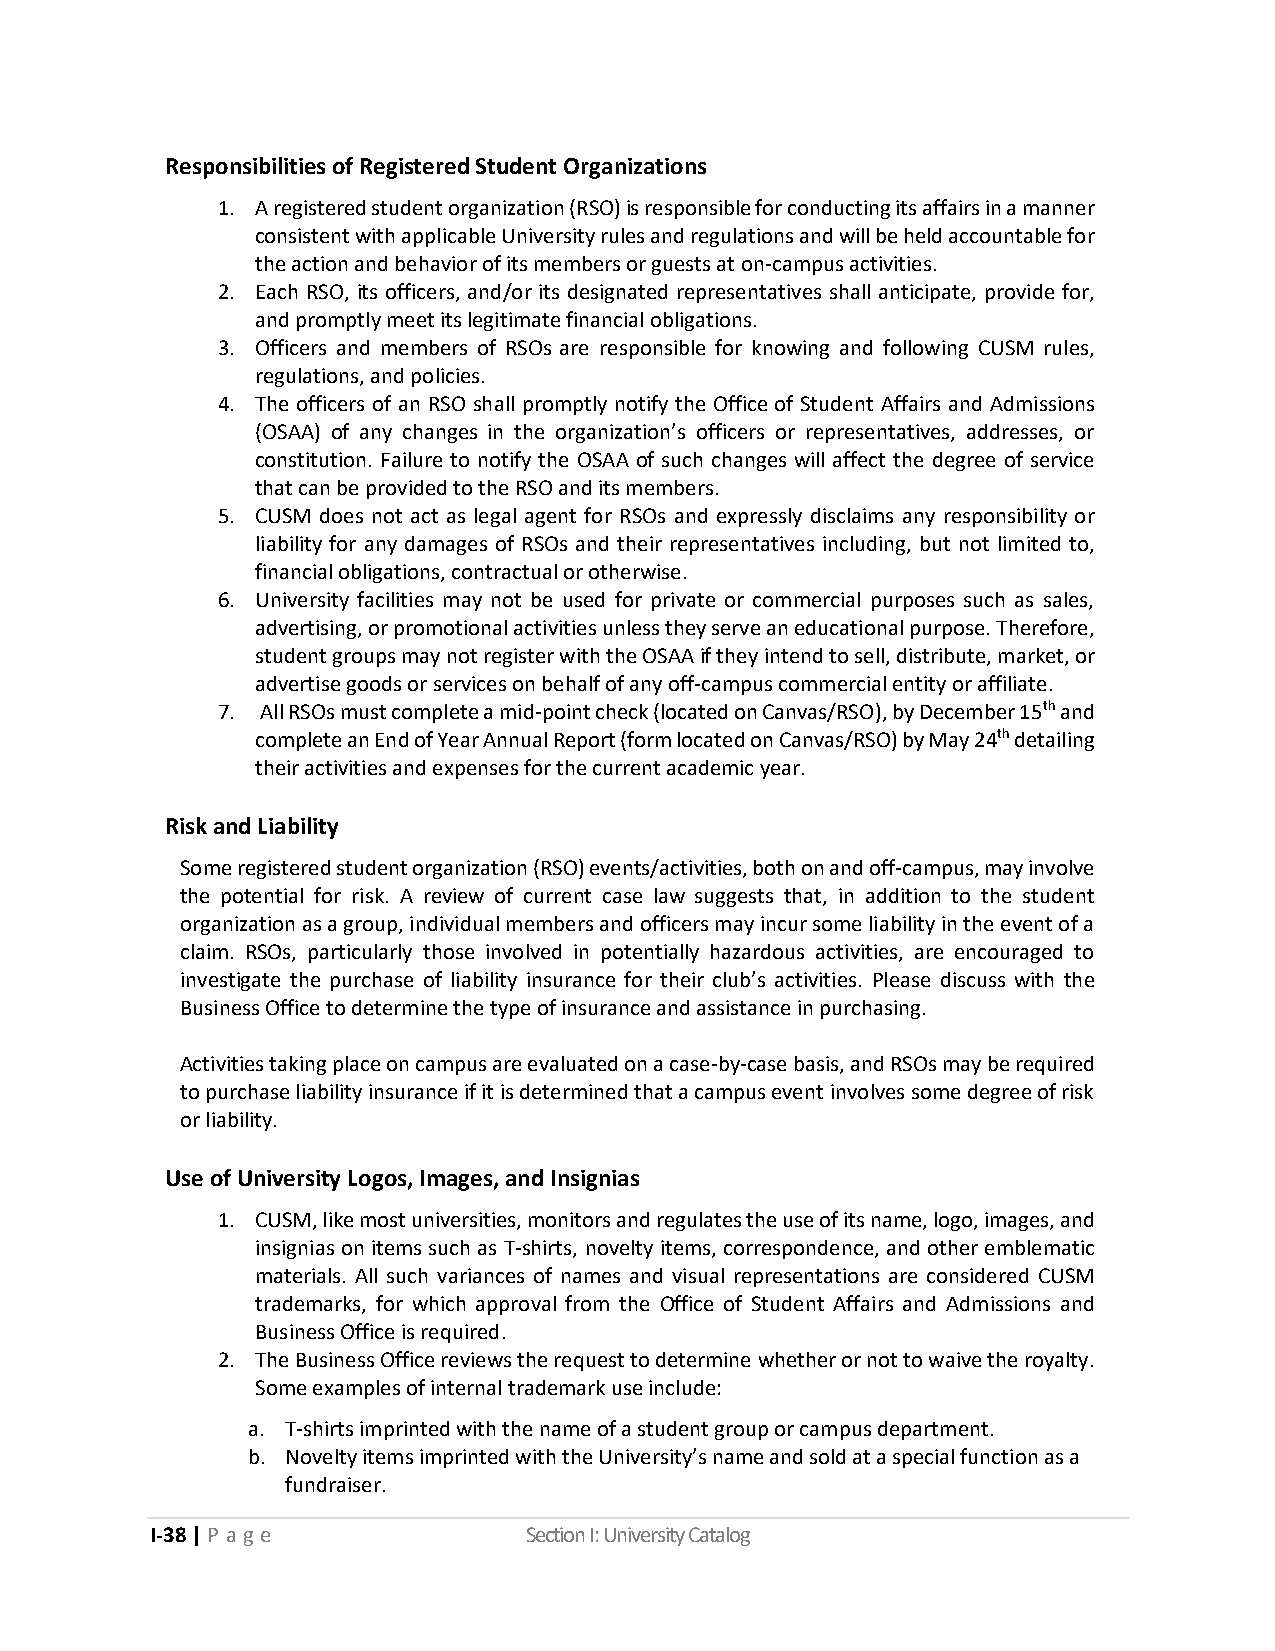
Responsibilities of Registered Student Organizations
 1. A registered student organization (RSO) is responsible for conducting its affairs in a manner
 consistent with applicable University rules and regulations and will be held accountable for
 the action and behavior of its members or guests at on-campus activities.
 2. Each RSO, its officers, and/or its designated representatives shall anticipate, provide for,
 and promptly meet its legitimate financial obligations.
 3. Officers and members of RSOs are responsible for knowing and following CUSM rules,
 regulations, and policies.
 4. The officers of an RSO shall promptly notify the Office of Student Affairs and Admissions
 (OSAA) of any changes in the organization’s officers or representatives, addresses, or
 constitution. Failure to notify the OSAA of such changes will affect the degree of service
 that can be provided to the RSO and its members.
 5. CUSM does not act as legal agent for RSOs and expressly disclaims any responsibility or
 liability for any damages of RSOs and their representatives including, but not limited to,
 financial obligations, contractual or otherwise.
 6. University facilities may not be used for private or commercial purposes such as sales,
 advertising, or promotional activities unless they serve an educational purpose. Therefore,
 student groups may not register with the OSAA if they intend to sell, distribute, market, or
 advertise goods or services on behalf of any off-campus commercial entity or affiliate.
 7. All RSOs must complete a mid-point check (located on Canvas/RSO), by December 15th and
 complete an End of Year Annual Report (form located on Canvas/RSO) by May 24th detailing
 their activities and expenses for the current academic year.
 Risk and Liability
 Some registered student organization (RSO) events/activities, both on and off-campus, may involve
 the potential for risk. A review of current case law suggests that, in addition to the student
 organization as a group, individual members and officers may incur some liability in the event of a
 claim. RSOs, particularly those involved in potentially hazardous activities, are encouraged to
 investigate the purchase of liability insurance for their club’s activities. Please discuss with the
 Business Office to determine the type of insurance and assistance in purchasing.
 Activities taking place on campus are evaluated on a case-by-case basis, and RSOs may be required
 to purchase liability insurance if it is determined that a campus event involves some degree of risk
 or liability.
 Use of University Logos, Images, and Insignias
 1. CUSM, like most universities, monitors and regulates the use of its name, logo, images, and
 insignias on items such as T-shirts, novelty items, correspondence, and other emblematic
 materials. All such variances of names and visual representations are considered CUSM
 trademarks, for which approval from the Office of Student Affairs and Admissions and
 Business Office is required.
 2. The Business Office reviews the request to determine whether or not to waive the royalty.
 Some examples of internal trademark use include:
 a. T-shirts imprinted with the name of a student group or campus department.
 b. Novelty items imprinted with the University’s name and sold at a special function as a
 fundraiser.
 I-38 | P a ge            Section I: University Catalog